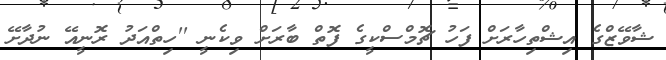
ޝާވޭޒްގެ އިޝްތިހާރަށް ފަހު ޗޮމްސްކީގެ ފޮތް ބާރަށް ވިކެނީ ''ހިތްއަދު ރޮނީއޭ ނުދާށޭ